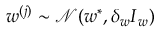
\boldsymbol { w } ^ { ( j ) } \sim \mathcal { N } ( \boldsymbol { w } ^ { * } , \delta _ { w } \boldsymbol { I } _ { w } )